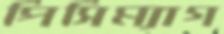
পিসিম্যাগ